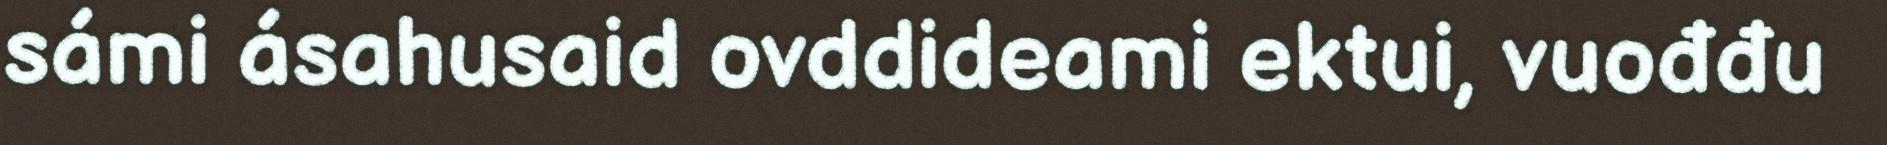
sámi ásahusaid ovddideami ektui, vuođđu